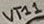
Text: VT11